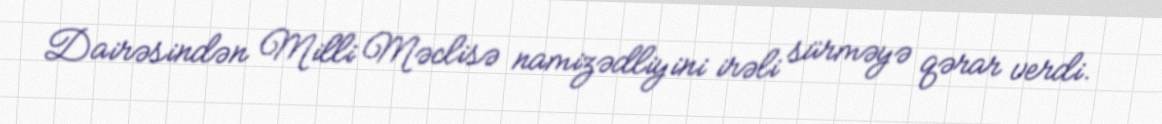
Dairəsindən Milli Məclisə namizədliyini irəli sürməyə qərar verdi.